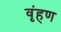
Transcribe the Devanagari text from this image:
वृंहण